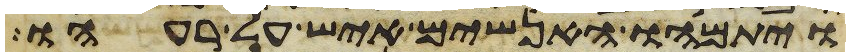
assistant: ויתמהו האנשים איש על רעהו